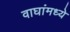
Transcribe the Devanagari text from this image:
वाघांमध्ये